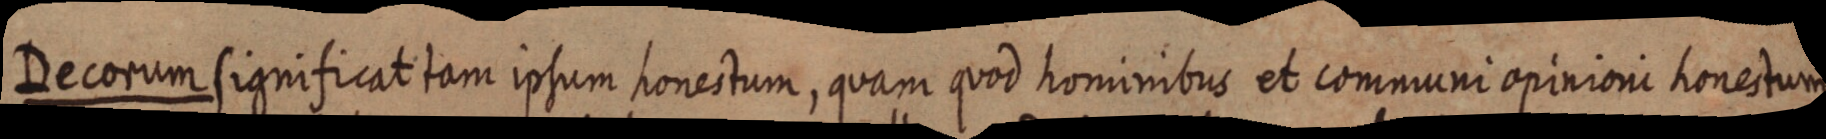
Decorum significat tam ipsum honcestum, quam quod hominibus et communi opinioni honestum